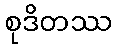
စုဒိတဿ